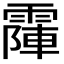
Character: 𩄛